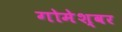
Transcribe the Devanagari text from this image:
गोमेश्वर